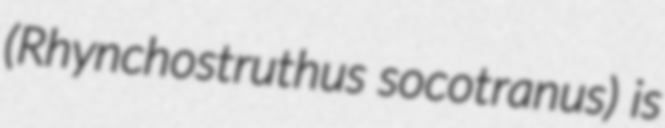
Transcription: (Rhynchostruthus socotranus) is